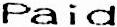
PAID